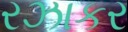
રઝાકર